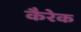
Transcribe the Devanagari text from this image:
कैरेक